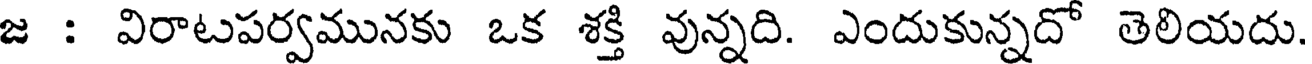
జ : విరాటపర్వమునకు ఒక శక్తి వున్నది. ఎందుకున్నదో తెలియదు